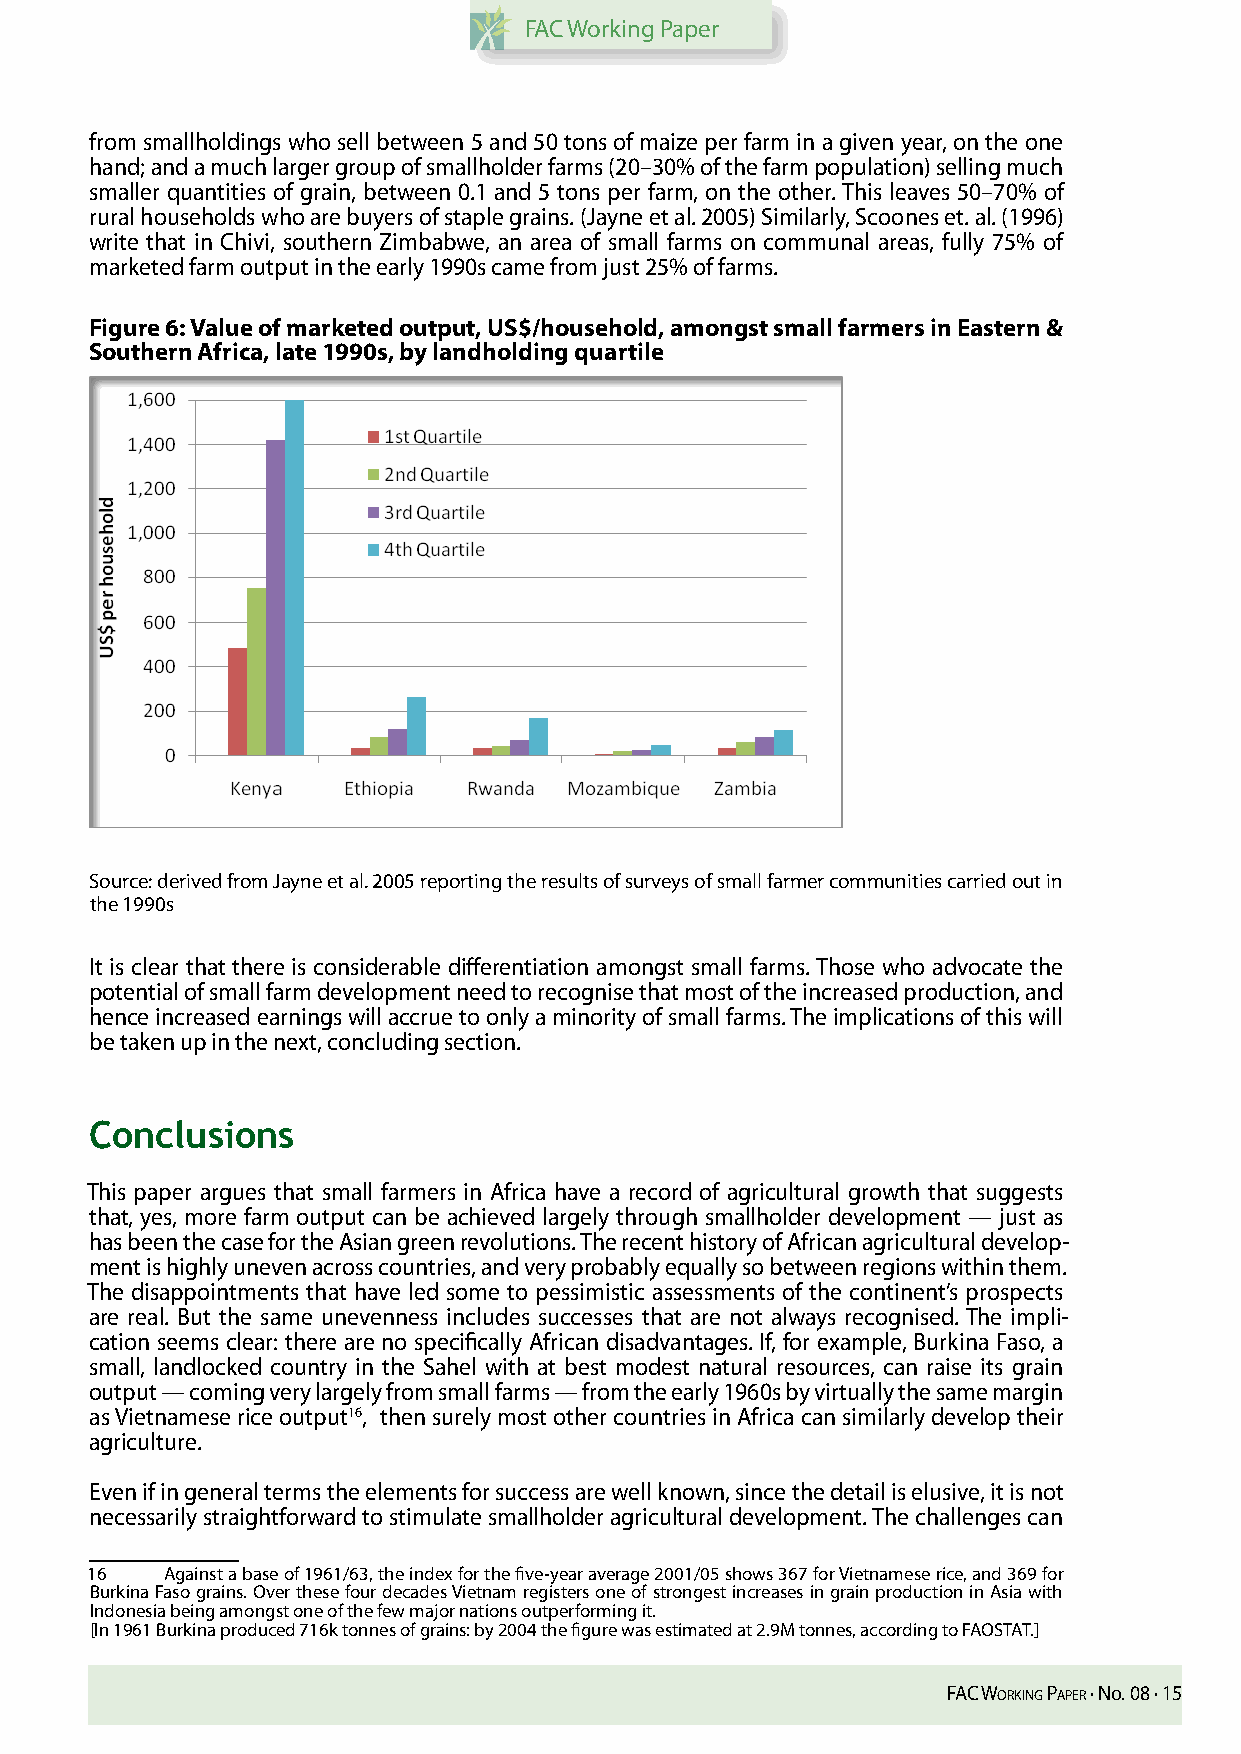
FAC Working Paper
 from smallholdings who sell between 5 and 50 tons of maize per farm in a given year, on the one
 hand; and a much larger group of smallholder farms (20–30% of the farm population) selling much
 smaller quantities of grain, between 0.1 and 5 tons per farm, on the other. This leaves 50–70% of
 rural households who are buyers of staple grains. (Jayne et al. 2005) Similarly, Scoones et. al. (1996)
 write that in Chivi, southern Zimbabwe, an area of small farms on communal areas, fully 75% of
 marketed farm output in the early 1990s came from just 25% of farms.
 Figure 6: Value of marketed output, US$/household, amongst small farmers in Eastern &
 Southern Africa, late 1990s, by landholding quartile
 Source: derived from Jayne et al. 2005 reporting the results of surveys of small farmer communities carried out in
 the 1990s
 It is clear that there is considerable differentiation amongst small farms. Those who advocate the
 potential of small farm development need to recognise that most of the increased production, and
 hence increased earnings will accrue to only a minority of small farms. The implications of this will
 be taken up in the next, concluding section.
 Conclusions
 This paper argues that small farmers in Africa have a record of agricultural growth that suggests
 that, yes, more farm output can be achieved largely through smallholder development — just as
 has been the case for the Asian green revolutions. The recent history of African agricultural develop-
 ment is highly uneven across countries, and very probably equally so between regions within them.
 The disappointments that have led some to pessimistic assessments of the continent’s prospects
 are real. But the same unevenness includes successes that are not always recognised. The impli-
 cation seems clear: there are no specifically African disadvantages. If, for example, Burkina Faso, a
 small, landlocked country in the Sahel with at best modest natural resources, can raise its grain
 output — coming very largely from small farms — from the early 1960s by virtually the same margin
 as Vietnamese rice output16, then surely most other countries in Africa can similarly develop their
 agriculture.
 Even if in general terms the elements for success are well known, since the detail is elusive, it is not
 necessarily straightforward to stimulate smallholder agricultural development. The challenges can
 16   Against a base of 1961/63, the index for the five-year average 2001/05 shows 367 for Vietnamese rice, and 369 for
 Burkina Faso grains. Over these four decades Vietnam registers one of strongest increases in grain production in Asia with
 Indonesia being amongst one of the few major nations outperforming it.
 [In 1961 Burkina produced 716k tonnes of grains: by 2004 the figure was estimated at 2.9M tonnes, according to FAOSTAT.]
 FAC Working PAPer · No. 08 · 15